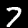
Digit: 7